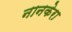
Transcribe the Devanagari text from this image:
नानकेरा